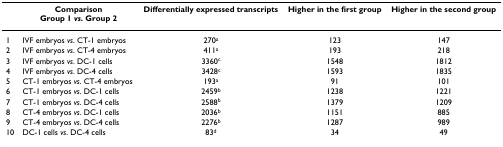
<table><thead><tr><td></td><td><b>ComparisonGroup 1 <i>vs</i>. Group 2</b></td><td><b>Differentially expressed transcripts</b></td><td><b>Higher in the first group</b></td><td><b>Higher in the second group</b></td></tr></thead><tbody><tr><td>1</td><td>IVF embryos <i>vs</i>. CT-1 embryos</td><td>270<sup>a</sup></td><td>123</td><td>147</td></tr><tr><td>2</td><td>IVF embryos <i>vs</i>. CT-4 embryos</td><td>411<sup>a</sup></td><td>193</td><td>218</td></tr><tr><td>3</td><td>IVF embryos <i>vs</i>. DC-1 cells</td><td>3360<sup>c</sup></td><td>1548</td><td>1812</td></tr><tr><td>4</td><td>IVF embryos <i>vs</i>. DC-4 cells</td><td>3428<sup>c</sup></td><td>1593</td><td>1835</td></tr><tr><td>5</td><td>CT-1 embryos <i>vs</i>. CT-4 embryos</td><td>193<sup>a</sup></td><td>91</td><td>101</td></tr><tr><td>6</td><td>CT-1 embryos <i>vs</i>. DC-1 cells</td><td>2459<sup>b</sup></td><td>1238</td><td>1221</td></tr><tr><td>7</td><td>CT-1 embryos <i>vs</i>. DC-4 cells</td><td>2588<sup>b</sup></td><td>1379</td><td>1209</td></tr><tr><td>8</td><td>CT-4 embryos <i>vs</i>. DC-1 cells</td><td>2036<sup>b</sup></td><td>1151</td><td>885</td></tr><tr><td>9</td><td>CT-4 embryos <i>vs</i>. DC-4 cells</td><td>2276<sup>b</sup></td><td>1287</td><td>989</td></tr><tr><td>10</td><td>DC-1 cells <i>vs</i>. DC-4 cells</td><td>83<sup>d</sup></td><td>34</td><td>49</td></tr></tbody></table>